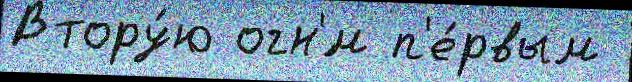
Втору́ю огн'́м п'е́рвым